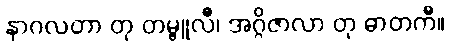
နာဂလတာ တု တမ္ဗူလီ၊ အဂ္ဂိဇာလာ တု ဓာတကီ။